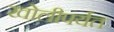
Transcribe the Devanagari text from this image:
खोलीपर्यत